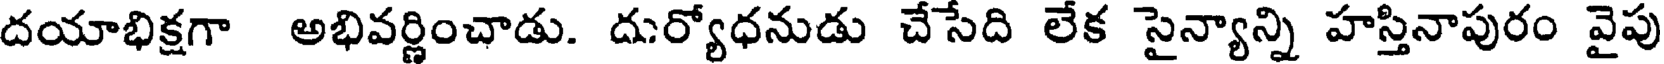
దయాభిక్షగా అభివర్ణించాడు. దుర్యోధనుడు చేసేది లేక సైన్యాన్ని హస్తినాపురం వైపు